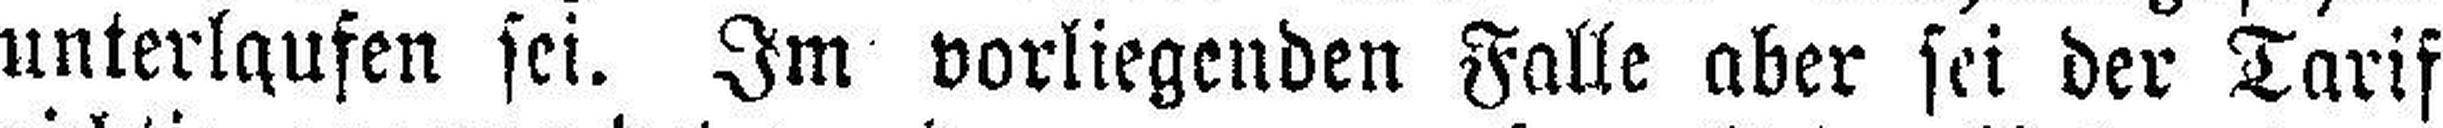
unterlaufen sei. Im vorliegenden Falle aber sei der Tarif